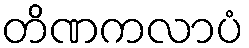
တိဏကလာပံ